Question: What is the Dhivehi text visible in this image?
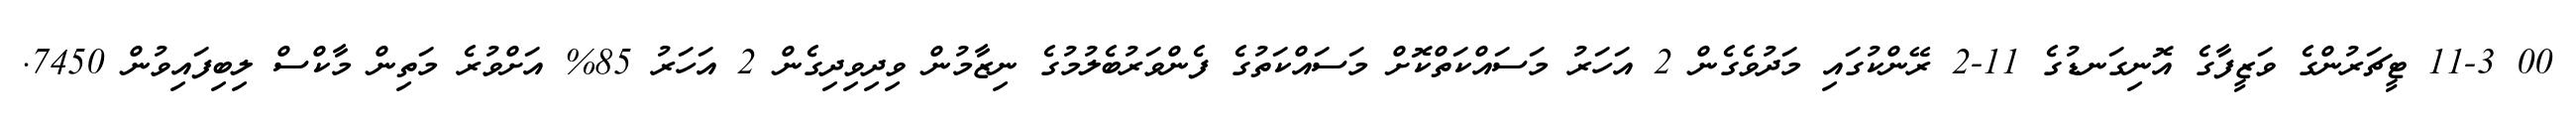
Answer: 00 11-3 ޓީޗަރުންގެ ވަޒީފާގެ އޮނިގަނޑުގެ 11-2 ރޭންކުގައި މަދުވެގެން 2 އަހަރު މަސައްކަތްކޮށް މަސައްކަތުގެ ފެންވަރުބެލުމުގެ ނިޒާމުން ވިދިވިދިގެން 2 އަހަރު 85% އަށްވުރެ މަތިން މާކްސް ލިބިފައިވުން 7450.